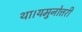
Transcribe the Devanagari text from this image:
था।यमुनोत्तरी